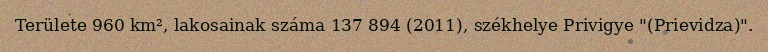
Területe 960 km², lakosainak száma 137 894 (2011), székhelye Privigye "(Prievidza)".